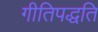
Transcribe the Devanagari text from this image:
गीतिपद्धति